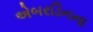
એબરડિનના